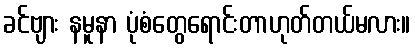
ခင်ဗျား နမူနာ ပုံစံတွေရောင်းတာဟုတ်တယ်မလား။